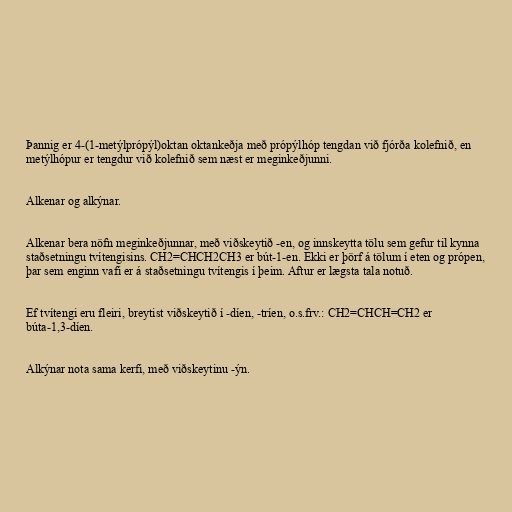
Þannig er 4-(1-metýlprópýl)oktan oktankeðja með própýlhóp tengdan við fjórða kolefnið, en
metýlhópur er tengdur við kolefnið sem næst er meginkeðjunni.

Alkenar og alkýnar.

Alkenar bera nöfn meginkeðjunnar, með viðskeytið -en, og innskeytta tölu sem gefur til kynna
staðsetningu tvítengisins. CH2=CHCH2CH3 er bút-1-en. Ekki er þörf á tölum í eten og própen,
þar sem enginn vafi er á staðsetningu tvítengis í þeim. Aftur er lægsta tala notuð.

Ef tvítengi eru fleiri, breytist viðskeytið í -díen, -tríen, o.s.frv.: CH2=CHCH=CH2 er
búta-1,3-díen.

Alkýnar nota sama kerfi, með viðskeytinu -ýn.